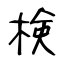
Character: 検